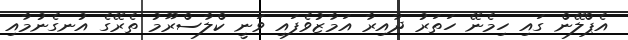
އެޕްލޭން ގައި ހިމެނޭ ހަތަރު ދާއިރާ އަމާޒުވެފައި ވަނީ ކްލާސްރޫމު ތެރޭގެ އުނގެނުމާއި